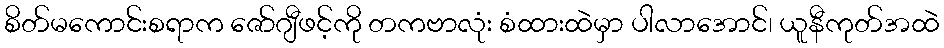
စိတ်မကောင်းစရာက ဇော်ဂျီဖင့်ကို တကဗာလုံး စံထားထဲမှာ ပါလာအောင်၊ ယူနီကုတ်အထဲ